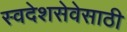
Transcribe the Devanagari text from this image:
स्वदेशसेवेसाठी